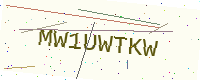
Text: MW1UWTKW